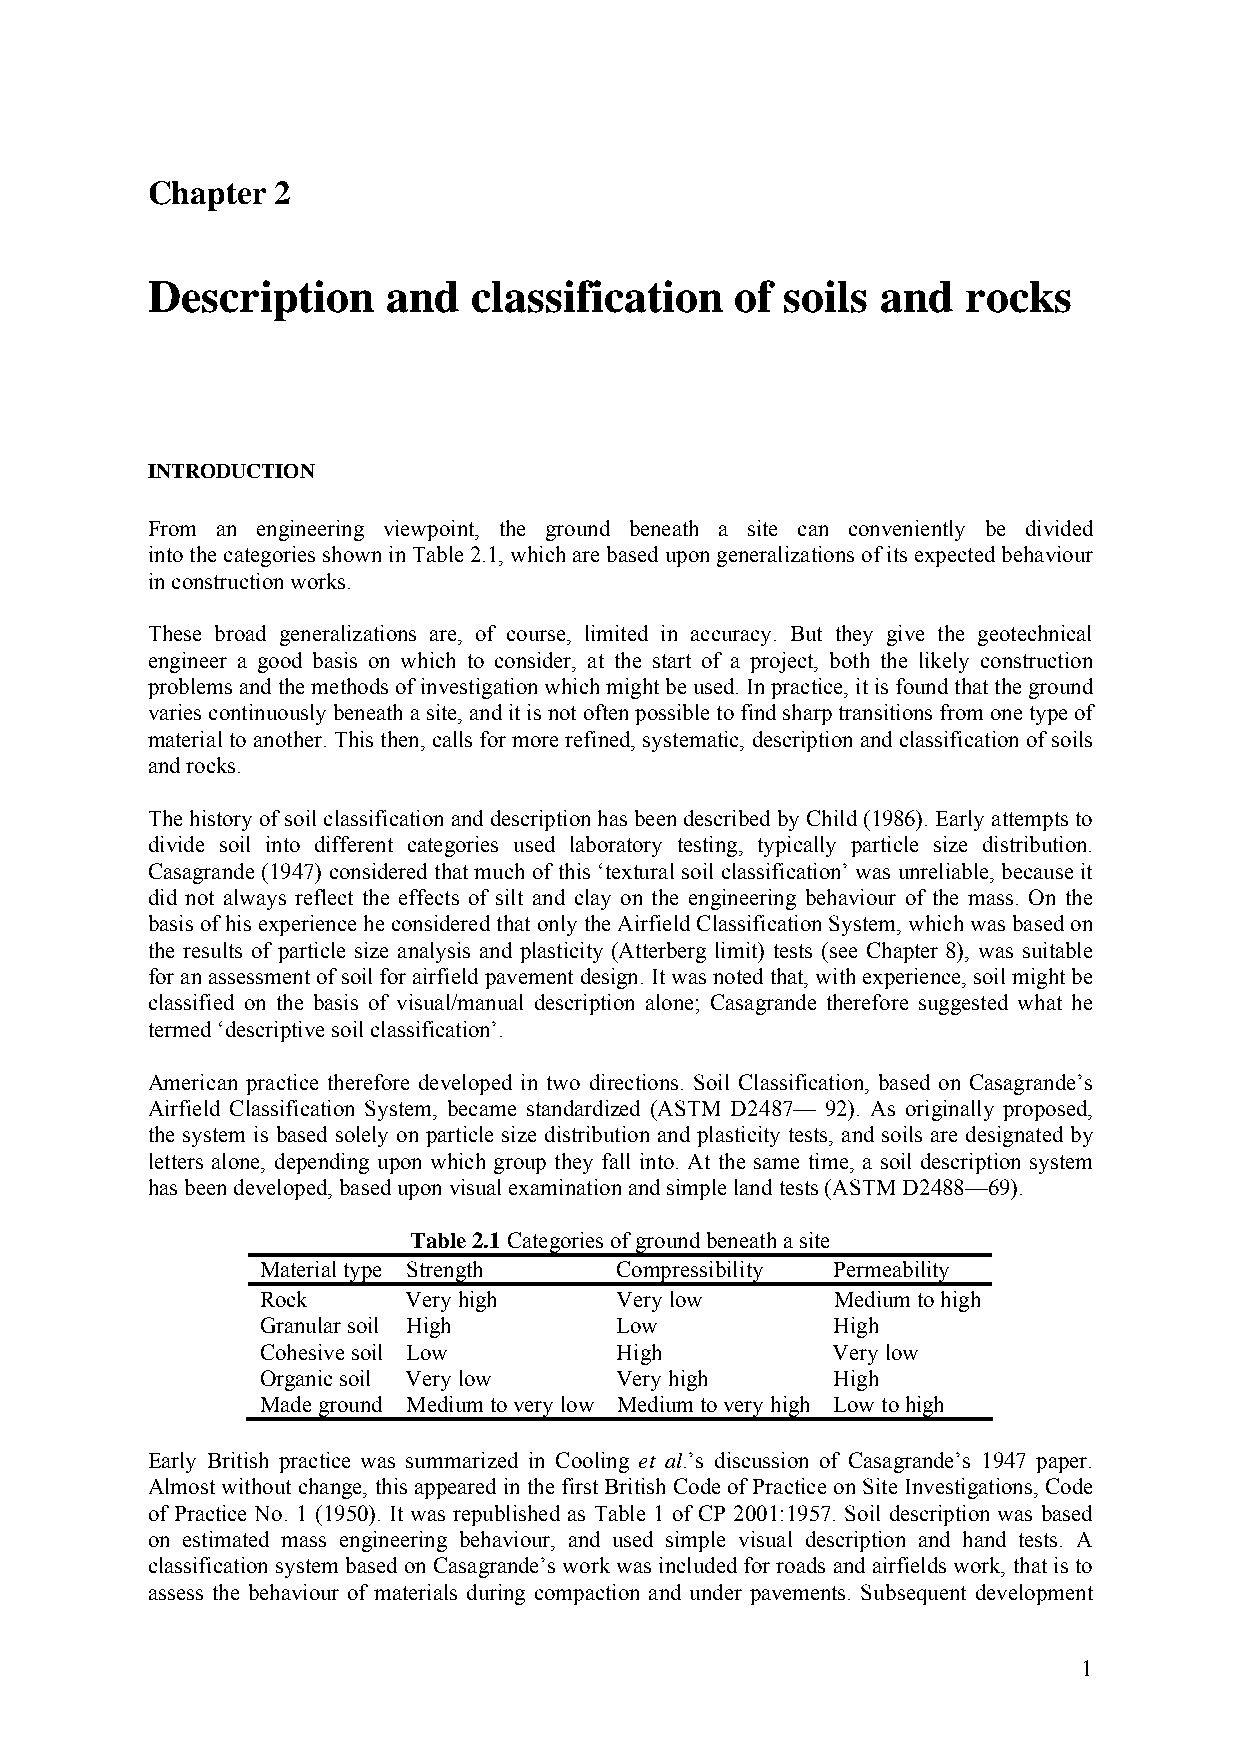
Chapter 2
 Description     and  classification    of soils and   rocks
 INTRODUCTION
 From an engineering viewpoint, the ground beneath a site can conveniently be divided
 into the categories shown in Table 2.1, which are based upon generalizations of its expected behaviour
 in construction works.
 These broad generalizations are, of course, limited in accuracy. But they give the geotechnical
 engineer a good basis on which to consider, at the start of a project, both the likely construction
 problems and the methods of investigation which might be used. In practice, it is found that the ground
 varies continuously beneath a site, and it is not often possible to find sharp transitions from one type of
 material to another. This then, calls for more refined, systematic, description and classification of soils
 and rocks.
 The history of soil classification and description has been described by Child (1986). Early attempts to
 divide soil into different categories used laboratory testing, typically particle size distribution.
 Casagrande (1947) considered that much of this ‘textural soil classification’ was unreliable, because it
 did not always reflect the effects of silt and clay on the engineering behaviour of the mass. On the
 basis of his experience he considered that only the Airfield Classification System, which was based on
 the results of particle size analysis and plasticity (Atterberg limit) tests (see Chapter 8), was suitable
 for an assessment of soil for airfield pavement design. It was noted that, with experience, soil might be
 classified on the basis of visual/manual description alone; Casagrande therefore suggested what he
 termed ‘descriptive soil classification’.
 American practice therefore developed in two directions. Soil Classification, based on Casagrande’s
 Airfield Classification System, became standardized (ASTM D2487— 92). As originally proposed,
 the system is based solely on particle size distribution and plasticity tests, and soils are designated by
 letters alone, depending upon which group they fall into. At the same time, a soil description system
 has been developed, based upon visual examination and simple land tests (ASTM D2488—69).
 Table 2.1 Categories of ground beneath a site
 Material type Strength  Compressibility Permeability
 Rock      Very high     Very low      Medium to high
 Granular soil High      Low           High
 Cohesive soil Low       High          Very low
 Organic soil Very low   Very high     High
 Made ground Medium to very low Medium to very high Low to high
 Early British practice was summarized in Cooling et al.’s discussion of Casagrande’s 1947 paper.
 Almost without change, this appeared in the first British Code of Practice on Site Investigations, Code
 of Practice No. 1 (1950). It was republished as Table 1 of CP 2001:1957. Soil description was based
 on estimated mass engineering behaviour, and used simple visual description and hand tests. A
 classification system based on Casagrande’s work was included for roads and airfields work, that is to
 assess the behaviour of materials during compaction and under pavements. Subsequent development
 1